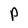
Character: P